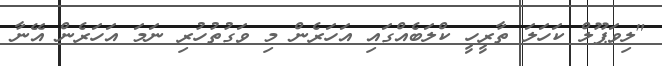
"ލިވަޕޫލް ކަހަލަ ތާރީހީ ކްލަބެއްގައި އަހަރެން މި ވަގުތުހުރި ނަމަ އަހަރެން އޭނާ